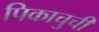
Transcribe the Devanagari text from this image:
पिकाचुची